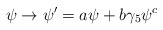
\begin{align*}\psi\rightarrow\psi^{\prime}=a\psi+b\gamma_5\psi^c\end{align*}